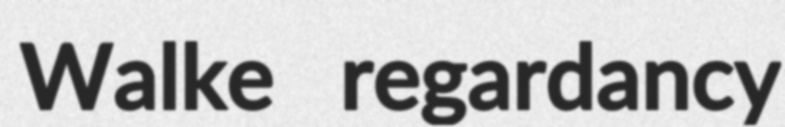
Walke regardancy